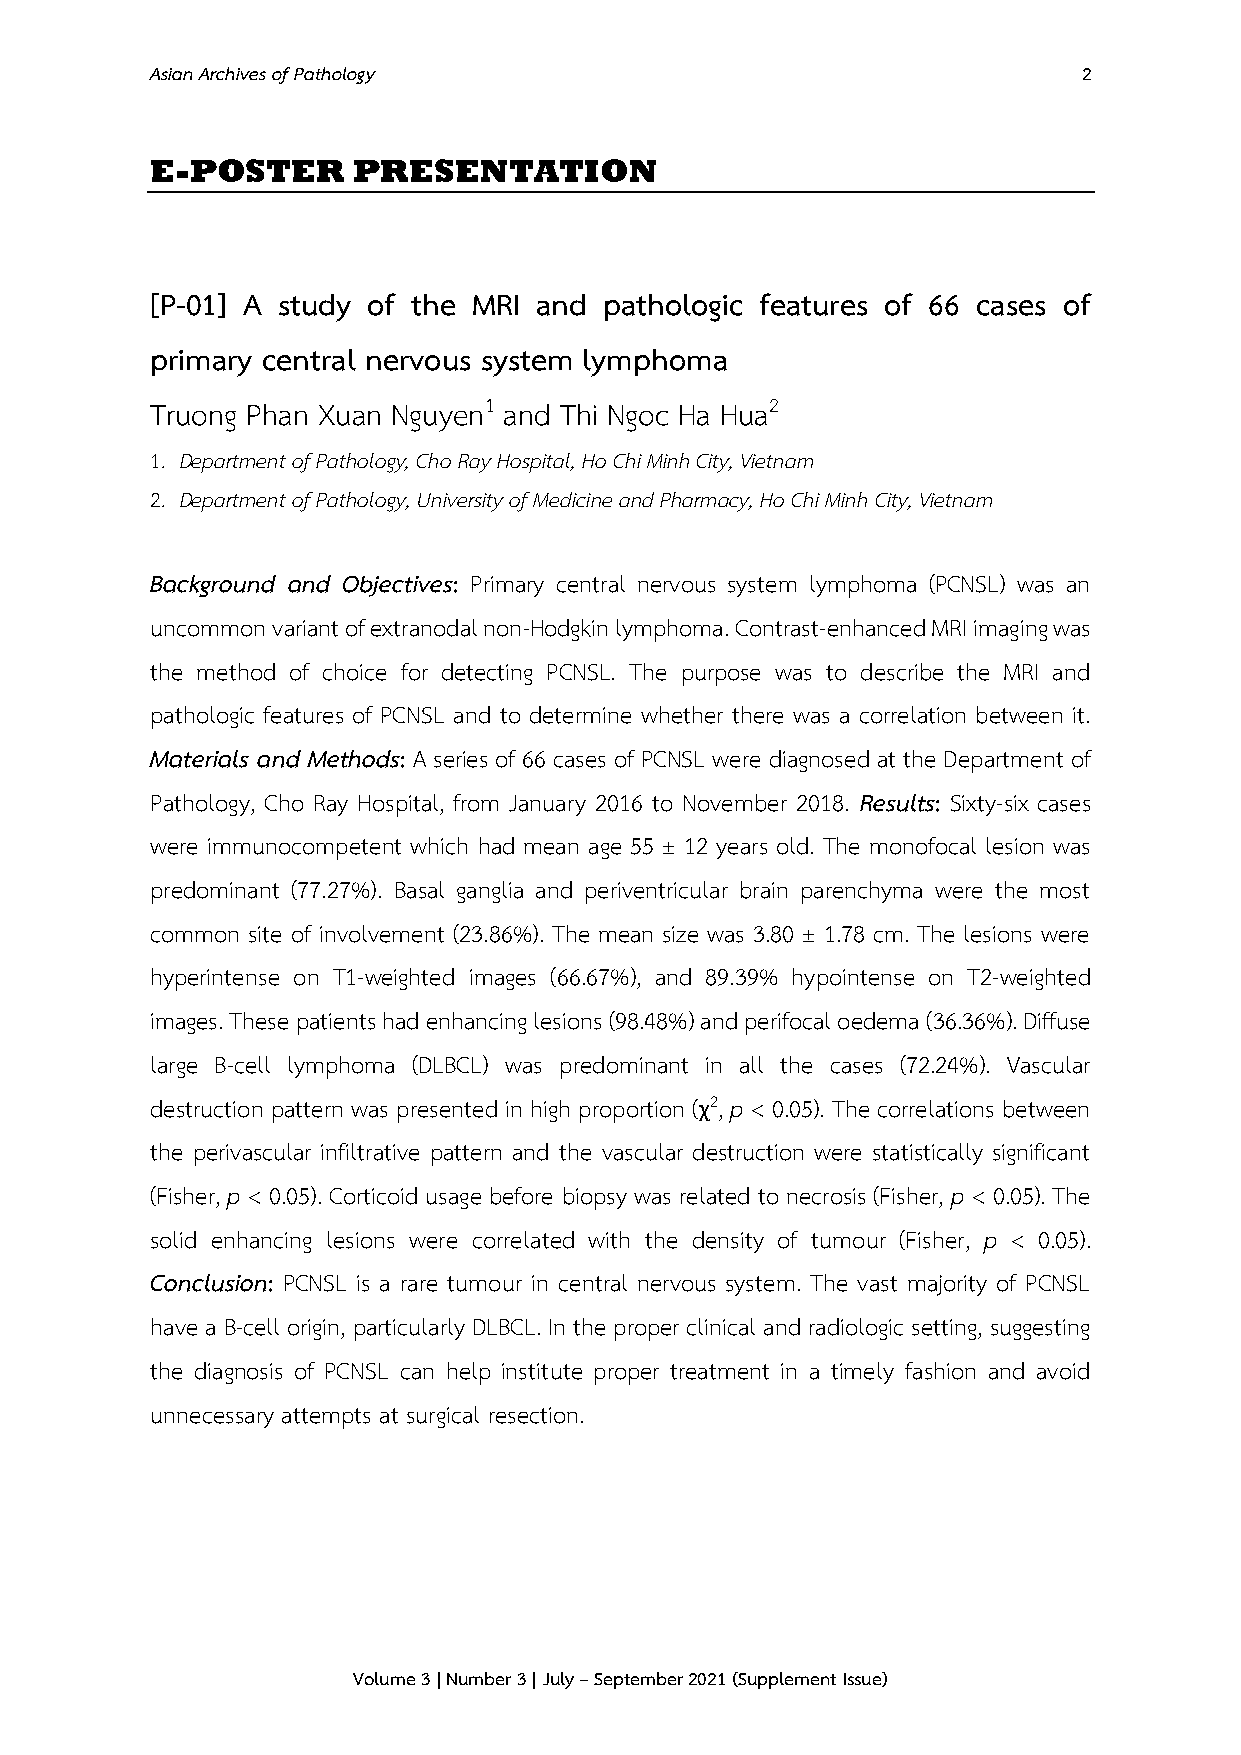
Asian Archives of Pathology                                   2
 E-POSTER     PRESENTATION
 [P-01] A study of the MRI and pathologic features of 66 cases of
 primary central nervous system lymphoma
 Truong Phan Xuan Nguyen1 and Thi Ngoc Ha Hua2
 1. Department of Pathology, Cho Ray Hospital, Ho Chi Minh City, Vietnam
 2. Department of Pathology, University of Medicine and Pharmacy, Ho Chi Minh City, Vietnam
 Background and Objectives: Primary central nervous system lymphoma (PCNSL) was an
 uncommon variant of extranodal non-Hodgkin lymphoma. Contrast-enhanced MRI imaging was
 the method of choice for detecting PCNSL. The purpose was to describe the MRI and
 pathologic features of PCNSL and to determine whether there was a correlation between it.
 Materials and Methods: A series of 66 cases of PCNSL were diagnosed at the Department of
 Pathology, Cho Ray Hospital, from January 2016 to November 2018. Results: Sixty-six cases
 were immunocompetent which had mean age 55 ± 12 years old. The monofocal lesion was
 predominant (77.27%). Basal ganglia and periventricular brain parenchyma were the most
 common site of involvement (23.86%). The mean size was 3.80 ± 1.78 cm. The lesions were
 hyperintense on T1-weighted images (66.67%), and 89.39% hypointense on T2-weighted
 images. These patients had enhancing lesions (98.48%) and perifocal oedema (36.36%). Diffuse
 large B-cell lymphoma (DLBCL) was predominant in all the cases (72.24%). Vascular
 destruction pattern was presented in high proportion (χ2, p < 0.05). The correlations between
 the perivascular infiltrative pattern and the vascular destruction were statistically significant
 (Fisher, p < 0.05). Corticoid usage before biopsy was related to necrosis (Fisher, p < 0.05). The
 solid enhancing lesions were correlated with the density of tumour (Fisher, p < 0.05).
 Conclusion: PCNSL is a rare tumour in central nervous system. The vast majority of PCNSL
 have a B-cell origin, particularly DLBCL. In the proper clinical and radiologic setting, suggesting
 the diagnosis of PCNSL can help institute proper treatment in a timely fashion and avoid
 unnecessary attempts at surgical resection.
 Volume 3 | Number 3 | July – September 2021 (Supplement Issue)